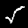
Digit: 5